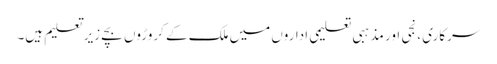
سرکاری ،نجی اور مذہبی تعلیمی اداروں میں ملک کے کروڑوں بچے زیر ِ تعلیم ہیں۔